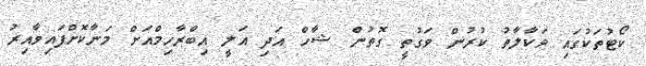
ކޯޓުތަކުގައި ވަކާލާތު ކުރުން ވަގުތީ ގޮތުން ޝާހް އަދި އަލީ އިބްރާހިމްއަށް މަނާކޮށްފައިވާއިރު